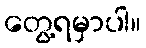
တွေ့ရမှာပါ။